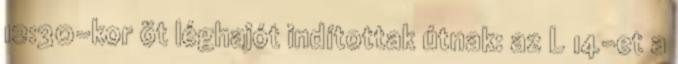
12:30-kor öt léghajót indítottak útnak: az L 14-et a